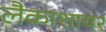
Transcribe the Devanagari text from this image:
लैकाशायर